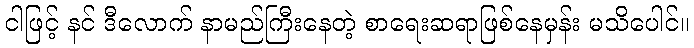
ငါဖြင့် နင် ဒီလောက် နာမည်ကြီးနေတဲ့ စာရေးဆရာဖြစ်နေမှန်း မသိပေါင်။